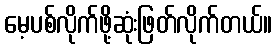
မေ့ပစ်လိုက်ဖို့ဆုံးဖြတ်လိုက်တယ်။